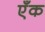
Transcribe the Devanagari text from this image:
एँक